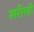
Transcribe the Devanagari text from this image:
शरीरही